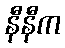
နီနီက